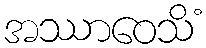
အဿာဝေသိံ